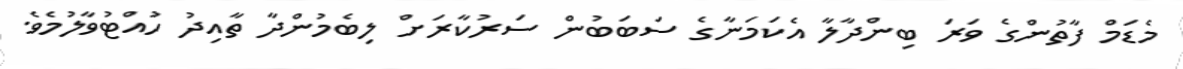
މެޑަމް ފާތުންގެ ވަރަ ބިންދާލާ އެކަމަނާގެ ސަބަބުން ސަރުކާރަށް ލިބެމުންދާ ތާއިދު ހުއްޓުވާލުމެވެ.